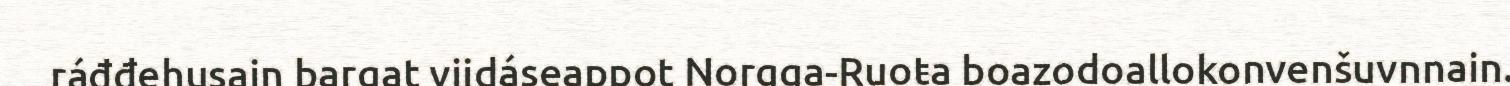
ráđđehusain bargat viidáseappot Norgga-Ruoŧa boazodoallokonvenšuvnnain.